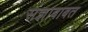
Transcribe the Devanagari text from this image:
संज्ञाबाबत